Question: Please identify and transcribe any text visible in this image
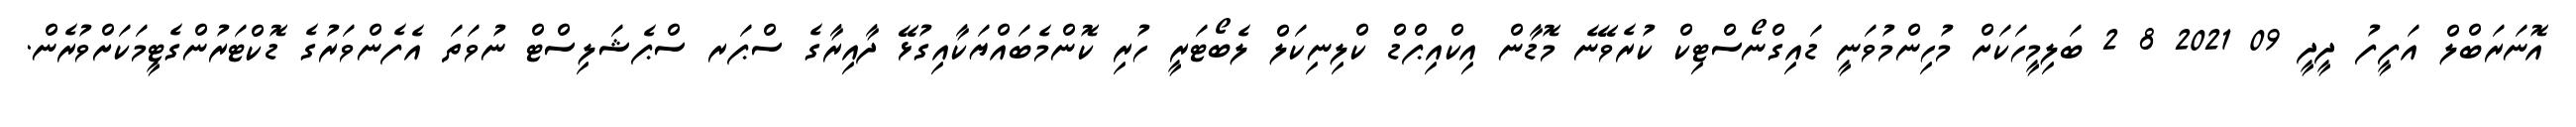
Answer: އޮނަރަބްލް އަފީފު ދީދީ 09 2021 8 2 ބަލިމީހަކަށް މުހިންމުވަނީ ޑައިގްނޯސްޓިކް ކުރެވޭނެ މޮޑާން އިކްއިޕްޑް ކްލިނިކަލް ލެބޯޓަރީ ހުރި ކޮންމެބައްޔަކާއިގުޅޭ ދާއިރާގެ ސްޕަރ ސްޕެޝަލިސްޓް ނުވަތަ އެފެންވަރުގެ ޑޮކްޓަރުންގެޓީމަކަށްވުރެން.